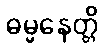
ဓမ္မနေတ္တိ